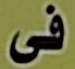
فى